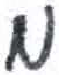
אות: מ